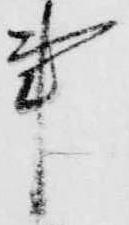
事